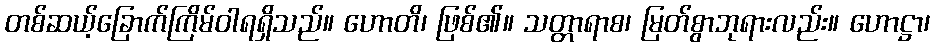
တစ်ဆယ့်ခြောက်ကြိမ်ဝါရရှိသည်။ ဟောတိ၊ ဖြစ်၏။ သတ္တာရာစ၊ မြတ်စွာဘုရားလည်း။ ဟောဋ္ဌာ၊